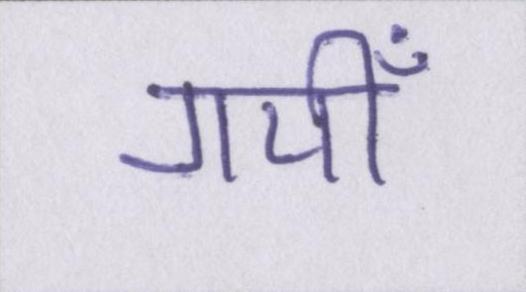
गयीँ